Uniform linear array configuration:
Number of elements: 8
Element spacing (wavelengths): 0.25
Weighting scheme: exponential
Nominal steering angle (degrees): -15
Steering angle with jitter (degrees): -14.905
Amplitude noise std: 0.05
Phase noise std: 0.05

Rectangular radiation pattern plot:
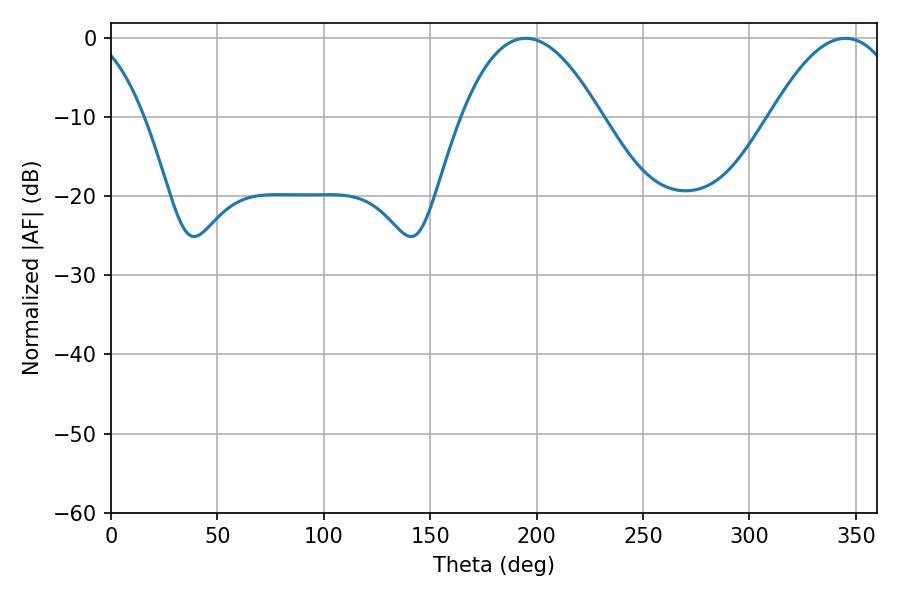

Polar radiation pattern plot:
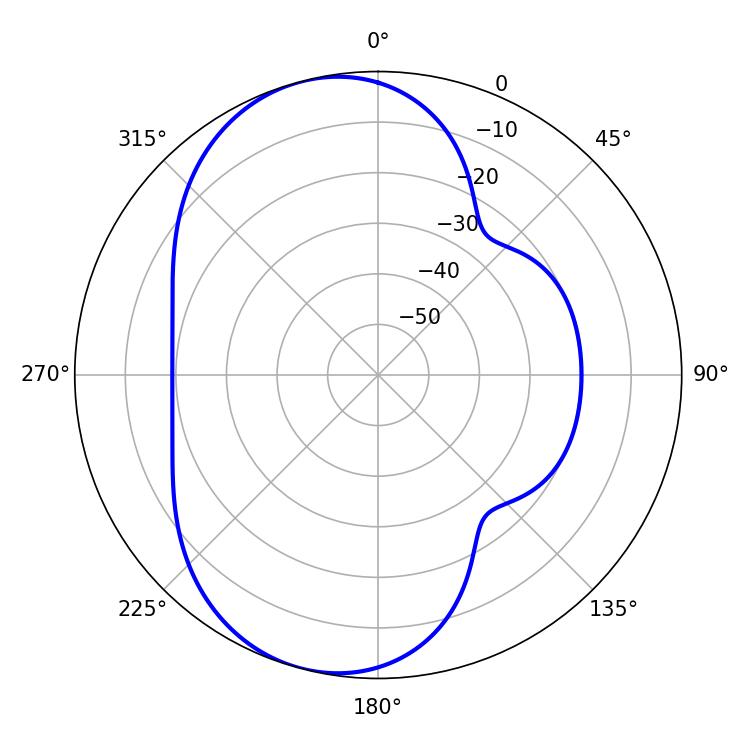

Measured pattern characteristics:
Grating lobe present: FALSE
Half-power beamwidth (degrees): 36
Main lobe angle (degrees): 194.94